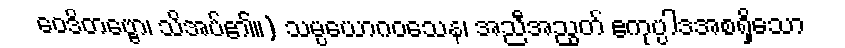
ဝေဒိတဗ္ဗော၊ သိအပ်၏။) သမ္ပယောဂဝသေန၊ အညီအညွတ် ဧကုပ္ပါဒအစရှိသော